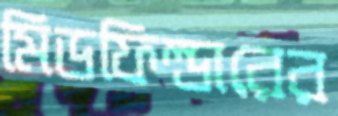
মিডফিল্ডারের